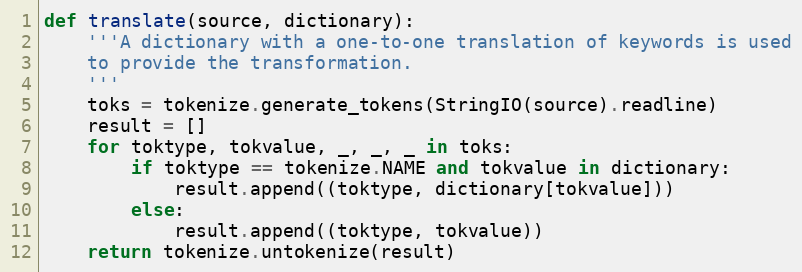
Language: Python
def translate(source, dictionary):
    '''A dictionary with a one-to-one translation of keywords is used
    to provide the transformation.
    '''
    toks = tokenize.generate_tokens(StringIO(source).readline)
    result = []
    for toktype, tokvalue, _, _, _ in toks:
        if toktype == tokenize.NAME and tokvalue in dictionary:
            result.append((toktype, dictionary[tokvalue]))
        else:
            result.append((toktype, tokvalue))
    return tokenize.untokenize(result)